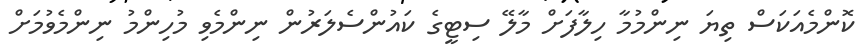
ކޮންމެއަކަސް ތިޔަ ނިންމުމާ ހިލާފަށް މާލޭ ސިޓީގެ ކައުންސެލަރުން ނިންމެވި މުހިންމު ނިންމެވުމަށް